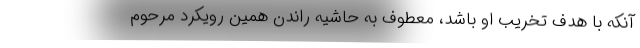
آنکه با هدف تخریب او باشد، معطوف به حاشیه راندن همین رویکرد مرحوم